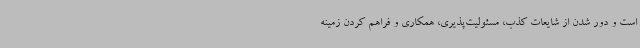
است و دور شدن از شایعات کذب، مسئولیت‌پذیری، همکاری و فراهم کردن زمینه